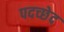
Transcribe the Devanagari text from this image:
पदच्‍छेद